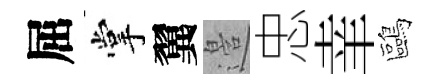
屈掌翼邉忠𦍒鷗